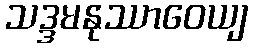
သဒ္ဒမနုဿာဝေယျ